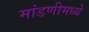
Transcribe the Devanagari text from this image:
मांडणीमध्‍ये